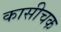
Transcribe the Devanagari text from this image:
कासीचक